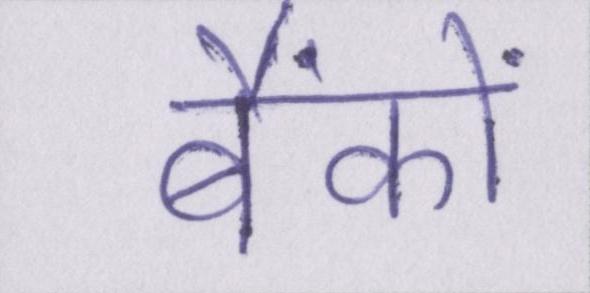
बैंकों